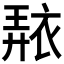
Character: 𧚠